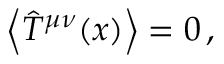
\left\langle \hat { T } ^ { \mu \nu } ( x ) \right\rangle = 0 \, ,